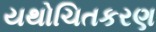
યથોચિતકરણ